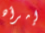
إمرأه